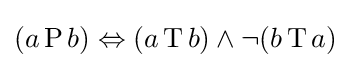
(a\operatorname {P} b)\Leftrightarrow (a\operatorname {T} b)\wedge \neg (b\operatorname {T} a)